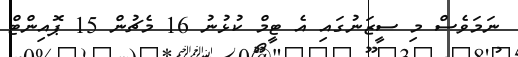
ނަމަވެސް މި ސީޒަނުގައި އެ ޓީމް ކުޅުނު 16 މެޗުން 15 ޕޮއިންޓް